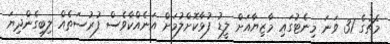
މެޗުގެ 31 ވަނަ މިނެޓުގައި މާޒިޔާއަށް ލީޑު ފުޅާކޮށްލުމަށް އަނެއްކާވެސް ފުރުސަތެއް ލިބިގެންދިޔަ